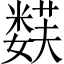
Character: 𱾪